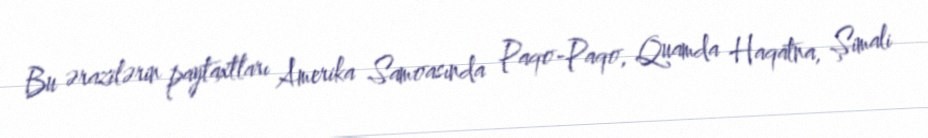
Bu ərazilərin paytaxtları Amerika Samoasında Paqo-Paqo, Quamda Haqatna, Şimali